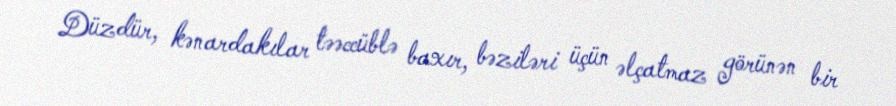
Düzdür, kənardakılar təəccüblə baxır, bəziləri üçün əlçatmaz görünən bir